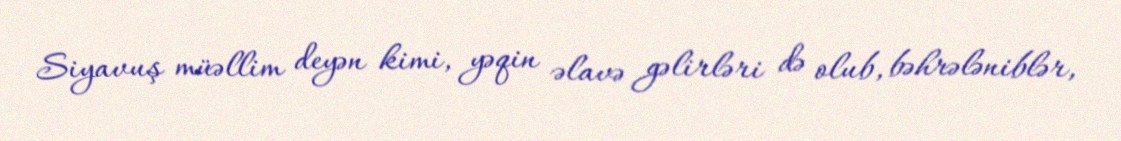
Siyavuş müəllim deyən kimi, yəqin əlavə gəlirləri də olub, bəhrələniblər,